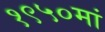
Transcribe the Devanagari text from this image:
१९५०मां